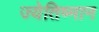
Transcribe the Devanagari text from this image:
ज्येतिष्मान